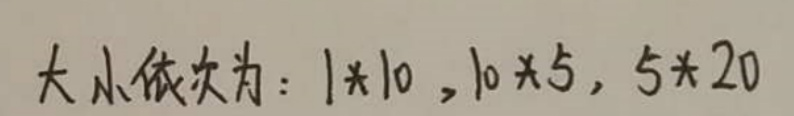
大小依次为：$1\times10,10\times5,5\times20$